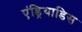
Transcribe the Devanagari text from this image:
एंड्रियाडिस